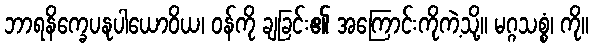
ဘာရနိက္ခေပနုပါယောဝိယ၊ ဝန်ကို ချခြင်း၏ အကြောင်းကိုကဲ့သို့။ မဂ္ဂသစ္စံ၊ ကို။